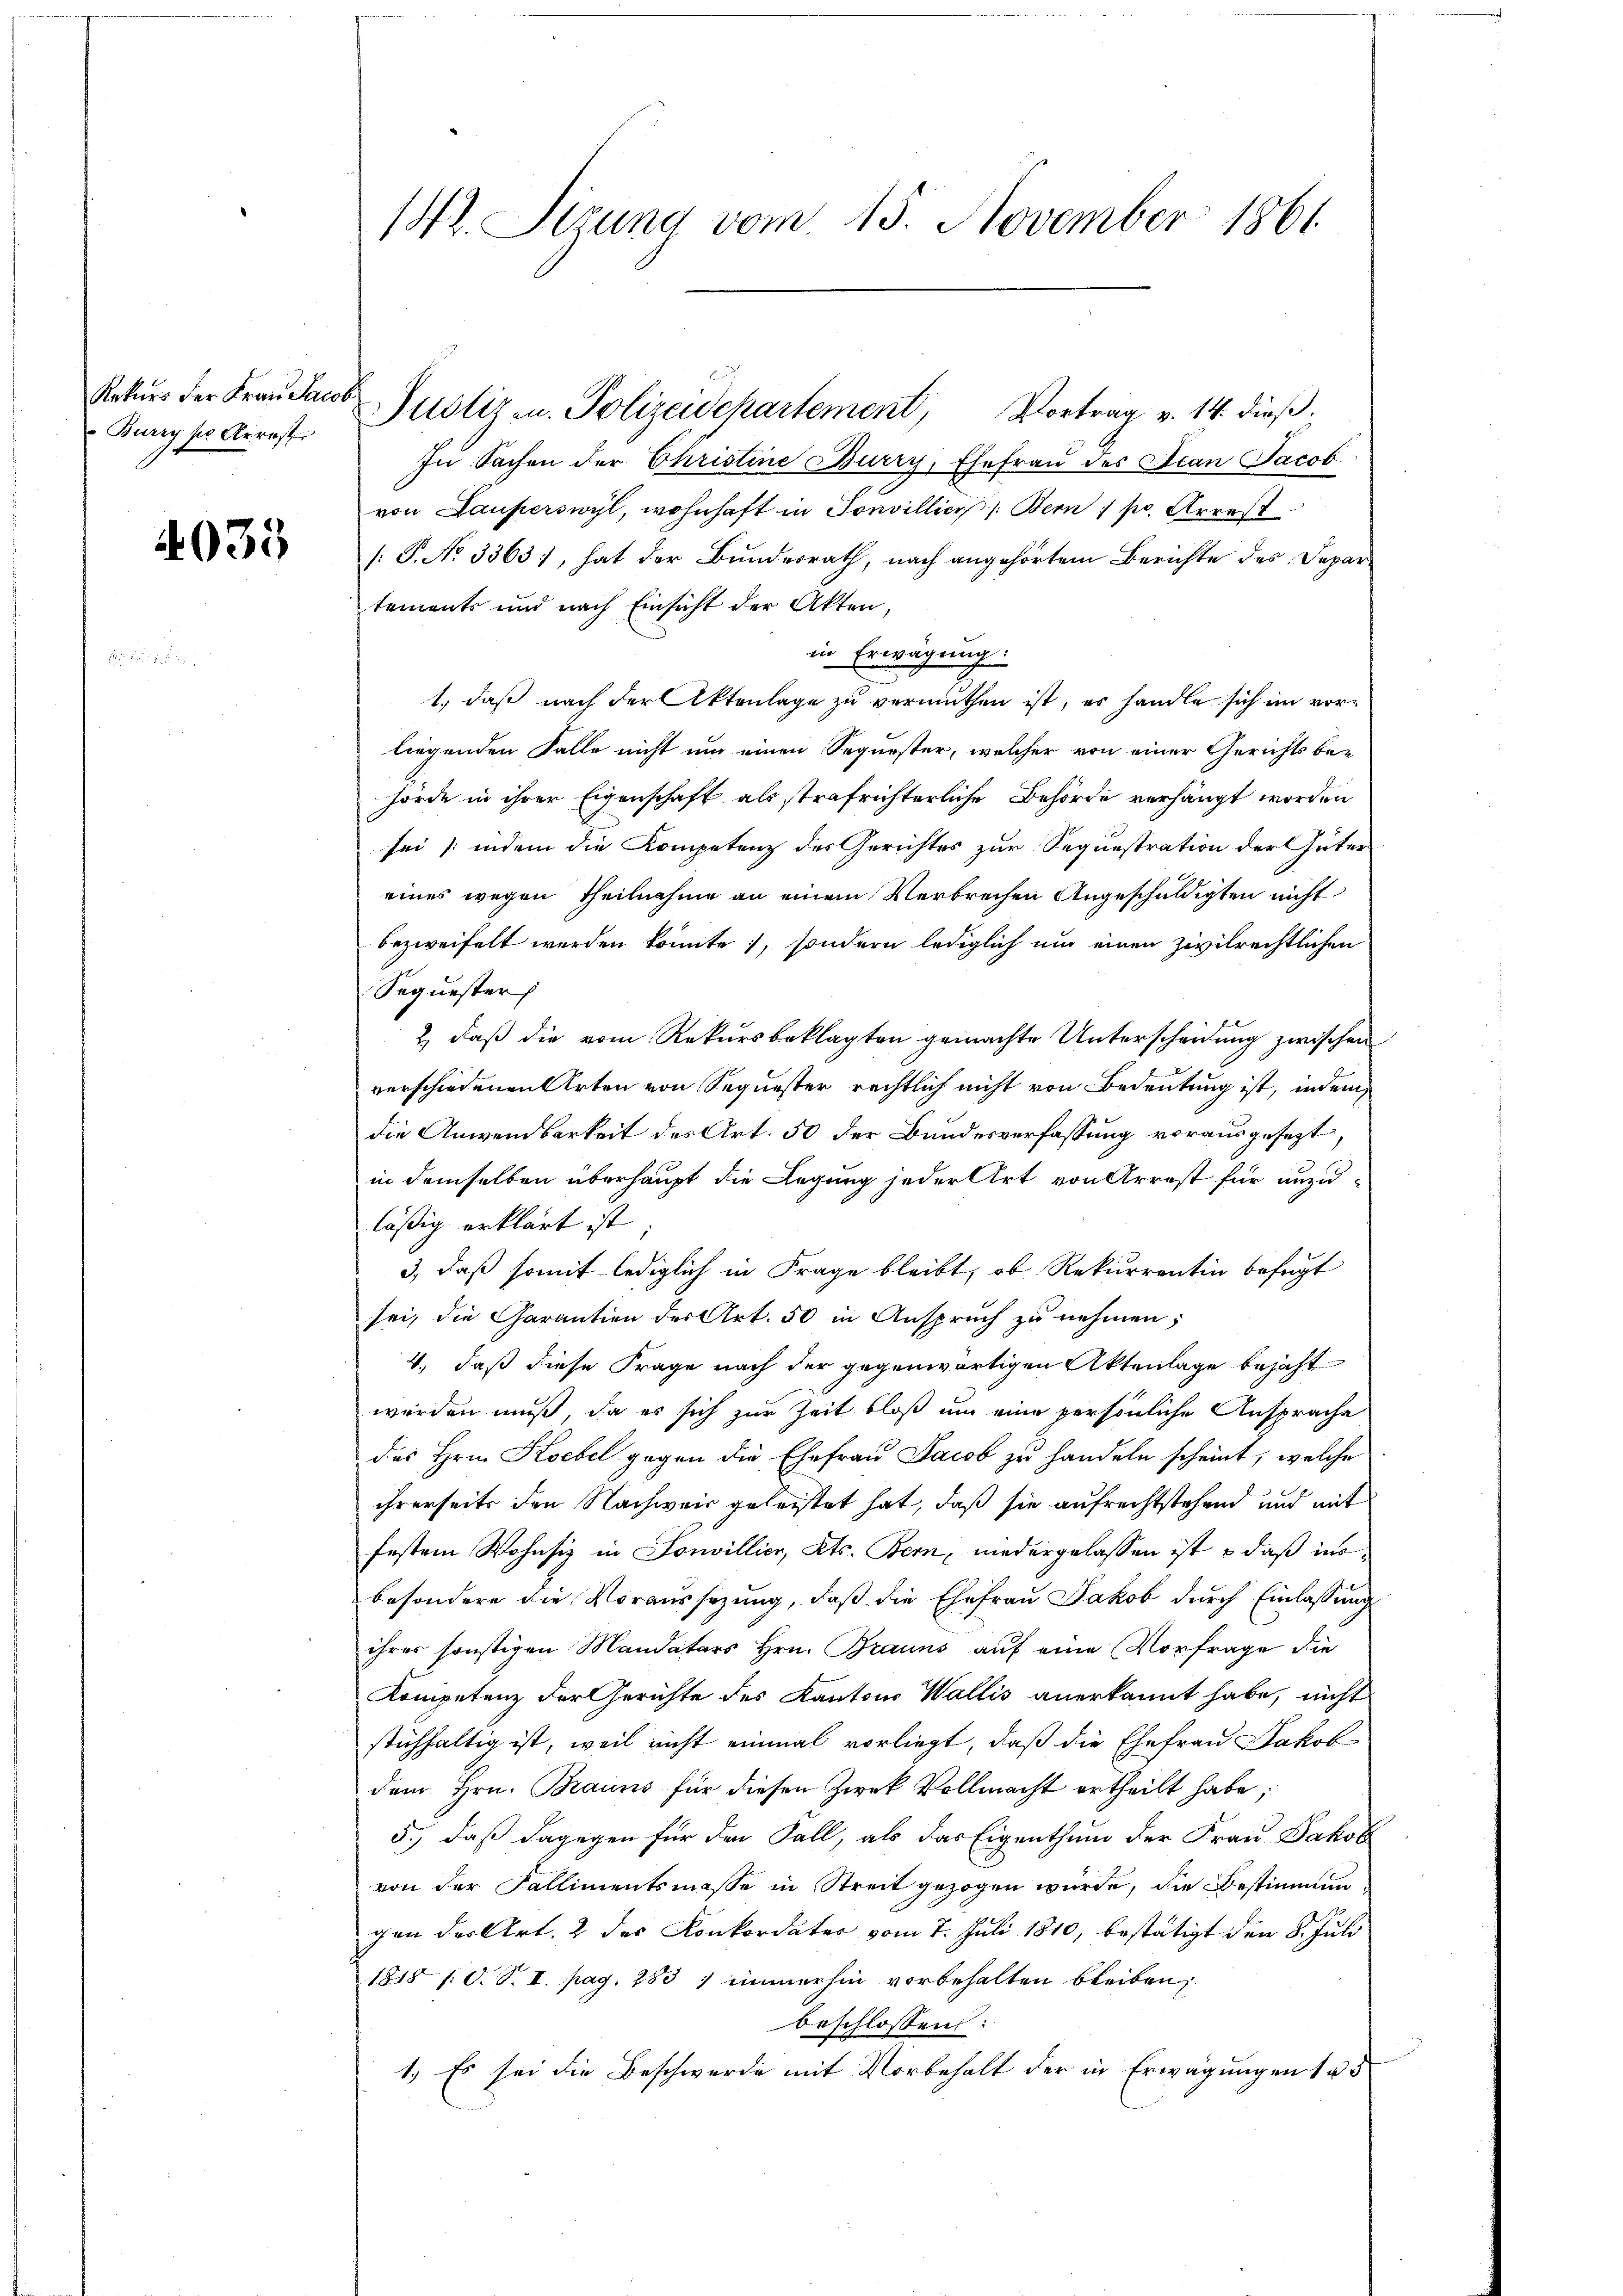
Rekurs der Frau Jacob
Burry sie Arrestr

4035

142. Sitzung vom 15. November 1861

In Sachen der Christine Burry, Ehefrau des Acan Jacob
von Lauperswyl, wohnhaft in Sonvillier /: Bern / pr. Arrest
[P. No 3363), hat der Bundesrath, nach angehörtem Berichte des Departements und nach Einsicht der Akten,
in Erwägung:
1., daß nach der Aktenlage zu vermuthen ist, es handle sich im vorliegenden Falle nicht um einen Sequester, welcher von einer Gerichts behörde in ihrer Eigenschaft als strafrichterliche Behörde verhängt worden
sei (indem die Kompetenz des Gerichtes zur Sequestration der Güter
eines wegen Theilnahme an einem Verbrechen Angeschuldigten nicht
bezweifelt werden könnte, sondern lediglich und einen zivilrechtlichen
Sequester
& daß die vom Rekursbeklagten gemachte Unterscheidung zwischen
verschiedenen Arten von Sequester rechtlich nicht von Bedeutung ist, indem,
die Anwendbarkeit des Art. 50 der Bundesverfassung vorausgesezt,
in demselben überhaupt die Legung jeder Art von Arrest für anzu-
läßig erklärt ist
3., daß somit lediglich in Frage bleibt, ob Rekurrentin befugt
sei, die Garantien der Art. 50 in Anspruch zu nehmen;
4., daß diese Frage nach der gegenwärtigen Aktenlage bejaht
werden muß, da es sich zur Zeit bloß um eine persönliche Ansprache
des Hrn. Kochel gegen die Ehefrau Jacob zu handeln scheint, welche
ihrerseits den Nachweis geleistet hat, daß sie aufrechtstehend und mit
fosten Wohnsiz in Sonvillier, Kts. Bern, niedergelassen ist – daß imbesondere die Voraussezung, daß die Ehefrau Jakob durch Einlassung
ihres sonstigen Mandatars Hrn. Brauns auf eine Vorfrage die
Kompetenz der Gerichte des Kantons Wallis anerkannt habe, nicht
stühhaltig ist, weil nicht einmal vorliegt, daß die Ehefrau Jakob-
dem Hrn. Brauns für diesen Zwek Vollmacht ertheilt habe;
5.), daß dagegen für den Fall, als das Eigenthum der Frau Jakob
von der Fallimentsmasse in Streit gezogen wurde, die Bestimmun
gen der Art. 2 des Konkordater vom 7. Juli 1810, bestätigt den 8. Juli
1818 /: d. S. I. pag. 283 ; immerhin vorbehalten bleiben,
beschlossen:
1.) Es sei die Beschwerde mit Vorbehalt der in Erwägungen 15

Justiz- u. Polizeidchartement, Vortrag v. 14. dieβ.